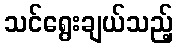
သင်ရွေးချယ်သည့်